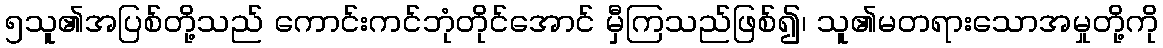
၅သူ၏အပြစ်တို့သည် ကောင်းကင်ဘုံတိုင်အောင် မှီကြသည်ဖြစ်၍၊ သူ၏မတရားသောအမှုတို့ကို